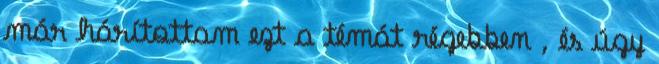
már hárítottam ezt a témát régebben , és úgy